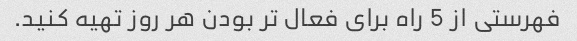
فهرستی از 5 راه برای فعال تر بودن هر روز تهیه کنید.